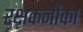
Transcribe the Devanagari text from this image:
रक्षकनौका